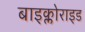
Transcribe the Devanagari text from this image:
बाइक्लोराइड